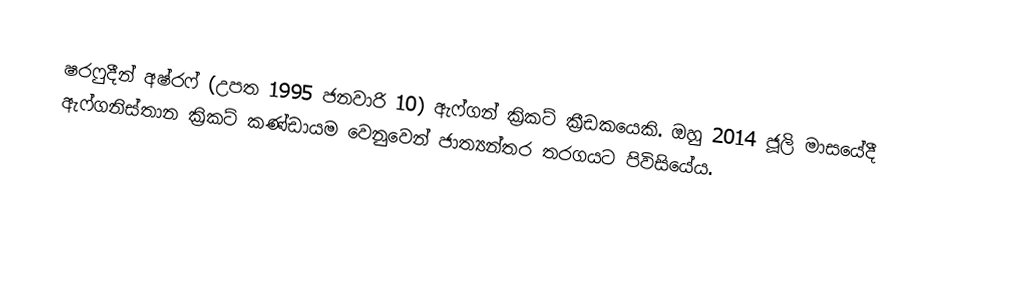
ෂරෆුදීන් අෂ්රෆ් (උපත 1995 ජනවාරි 10) ඇෆ්ගන් ක්‍රිකට් ක්‍රීඩකයෙකි. ඔහු 2014 ජූලි මාසයේදී ඇෆ්ගනිස්තාන ක්‍රිකට් කණ්ඩායම වෙනුවෙන් ජාත්‍යන්තර තරගයට පිවිසියේය.